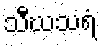
သီဃသရံ